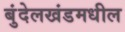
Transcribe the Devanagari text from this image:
बुंदेलखंडमधील